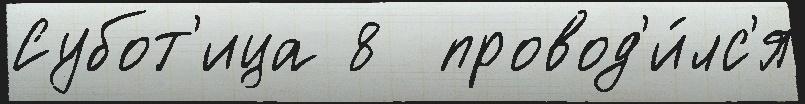
Субот'ица 8  провод'и́лс'я